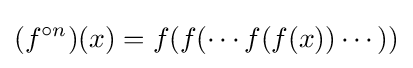
(f^{\circ n})(x)=f(f(\cdots f(f(x))\cdots ))